Lunatic asylums Central Provinces reports 1874-1885 - 1874-1885
Year: 1874
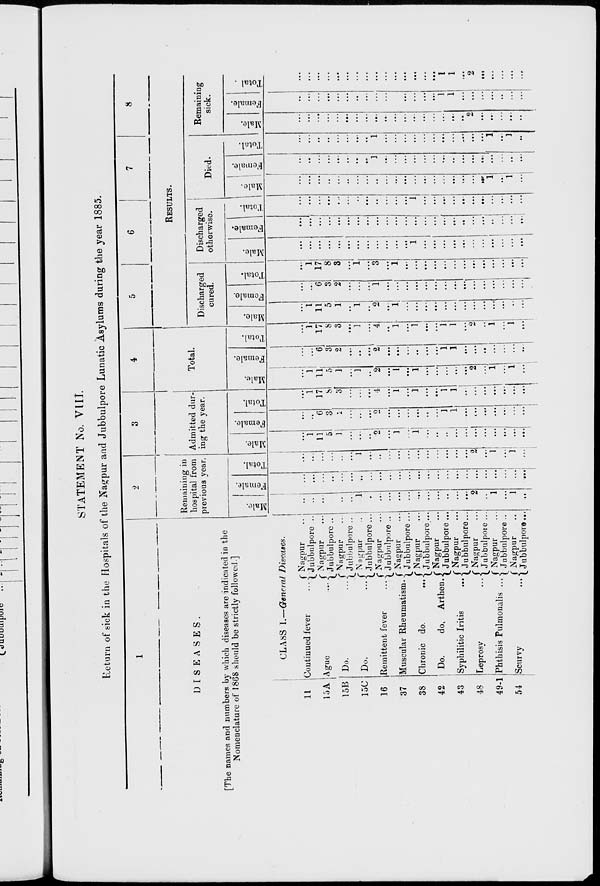
STATEMENT No. VIII.
Return of sick in the Hospitals of the Nagpur and Jubbulpore Lunatic Asylums during the year 1885.
1
DISEASES.
[The names and numbers by which diseases are indicated in the
Nomenclature of 1868 should be strictly followed]
CLASS I.—General Diseases.
11
15A
15B
15C
16
37
38
42
43
48
49-1
54
Continued fever
...
Ague
...
Do.
...
Do.
...
Remittent fever
...
Muscular Rheumatism.
Chronic do.
...
Do.
do. Arthen.
Syphilitic Iritis ...
Leprosy ...
Phthisis Pulmonalis ...
Scurvy
...
Nagpur ...
Jubbulpore ...
Nagpur ...
Jubbulpore ...
Nagpur...
Jubbulpore ...
Nagpur ...
Jubbulpore ...
Nagpur ...
Jubbulpore ...
Nagpur ...
Jubbulpore...
Nagpur ...
Jubbulpore ...
Nagpur ...
Jubbulpore ...
Nagpur ...
Jubbulpore...
Nagpur ...
Jubbulpore ...
Nagpur ...
Jubbulpore ...
Nagpur ...
Jubbulpore...
2
Remaining in
hospital from
previous year.
Male.
...
...
...
...
...
...
1
...
...
...
...
...
...
...
...
...
...
...
2
...
1
...
1
...
Female.
...
...
...
...
...
..
...
...
...
...
...
...
...
...
...
...
...
...
...
...
...
...
...
Total.
...
...
...
...
...
...
1
...
...
...
...
...
...
...
...
...
...
...
2
...
1
...
1
...
3
Admitted dur-
ing the year.
Male.
...
1
11
5
1
...
...
...
2
...
1
...
1
...
...
...
...
...
...
...
...
...
...
...
Female.
...
...
6
3
2
...
...
...
2
...
...
...
...
...
...
1
1
...
...
...
...
...
...
...
Total.
...
1
17
8
3
...
...
...
4
...
1
...
1
...
...
1
1
...
...
...
...
...
...
...
4
Total.
Male.
...
1
11
5
1
...
1
...
2
...
1
...
1
...
...
...
...
...
2
...
1
...
1
...
Female.
...
...
6
3
2
...
...
...
2
...
...
...
...
...
...
1
1
...
...
...
...
...
...
...
Total.
...
1
17
8
3
...
1
...
4
...
1
...
1
...
...
1
1
...
2
...
1
...
1
...
5
6
7
8
RESULTS.
Discharged
cured.
Male.
...
1
11
5
1
...
1
...
2
...
1
...
...
...
...
...
...
...
...
...
...
...
...
...
Female.
...
...
6
3
2
...
...
...
1
...
...
...
...
...
...
...
...
...
...
...
...
...
...
...
Total.
...
1
17
8
3
...
1
...
3
...
1
...
...
...
...
...
...
...
...
...
...
...
...
...
Discharged
otherwise.
Male.
...
...
...
...
...
...
...
...
...
...
...
...
1
...
...
...
...
...
...
...
...
...
...
...
Female.
...
...
...
...
...
...
...
...
...
...
...
...
...
...
...
...
...
...
...
...
...
...
...
...
Total.
...
...
...
...
...
...
...
...
...
...
...
...
1
...
...
...
...
...
...
...
...
...
...
...
Died.
Male.
...
...
...
...
...
...
...
...
...
...
...
...
...
...
...
...
...
...
...
...
1
...
1
...
Female.
...
...
...
...
...
...
...
...
1
...
...
...
...
...
...
...
...
...
...
...
...
...
...
...
Total.
...
...
...
...
...
...
...
...
1
...
...
...
...
...
...
...
...
...
...
...
1
...
1
...
Remaining
sick.
Male.
...
...
...
...
...
...
...
...
...
...
...
...
...
...
...
...
...
...
2
...
...
...
...
...
Female.
...
...
...
...
...
...
...
...
...
...
...
...
...
...
...
1
1
...
...
...
...
...
...
...
Total.
...
...
...
...
...
...
...
...
...
...
...
...
...
...
...
1
1
...
2
...
...
...
...
...